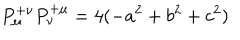
P _ { \mu } ^ { + \nu } P _ { \nu } ^ { + \mu } = 4 ( - a ^ { 2 } + b ^ { 2 } + c ^ { 2 } )